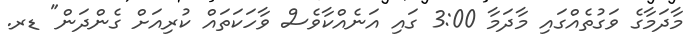
މާދަމާގެ ވަގުތެއްގައި މާދަމާ 3:00 ގައި އަނެއްކާވެސް ވާހަކަތައް ކުރިއަށް ގެންދަން" ޑރ.